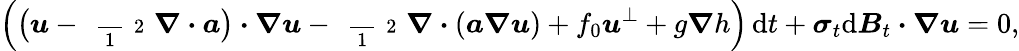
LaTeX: \Big(\big(\boldsymbol{u}-\mathrm{~\scriptsize~\frac~{~1~}~{~2~}~}\boldsymbol{\nabla}\boldsymbol{\cdot}\boldsymbol{a}\big)\boldsymbol{\cdot}\boldsymbol{\nabla}\boldsymbol{u}-\mathrm{~\scriptsize~\frac~{~1~}~{~2~}~}\boldsymbol{\nabla}\boldsymbol{\cdot}(\boldsymbol{a}\boldsymbol{\nabla}\boldsymbol{u})+f_{0}\boldsymbol{u}^{\perp}+g\boldsymbol{\nabla}h\Big)\, \mathrm{d}t+\boldsymbol{\sigma}_{t}\mathrm{d}\boldsymbol{B}_{t}\boldsymbol{\cdot}\boldsymbol{\nabla}\boldsymbol{u}=0,